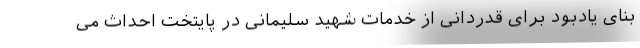
بنای یادبود برای قدردانی از خدمات شهید سلیمانی در پایتخت احداث می